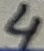
Text: 4